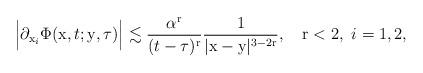
LaTeX: \begin{align*}\Big|\partial_{\mathrm{x}_{i}}\Phi(\mathrm{x},t;\mathrm{y},\tau)\Big| \lesssim \frac{\alpha^\mathrm{r}}{(t-\tau)^\mathrm{r}}\frac{1}{|\mathrm{x}-\mathrm{y}|^{3-2\mathrm{r}}}, \ \ \ \mathrm{r}<2,\ i=1,2,\end{align*}